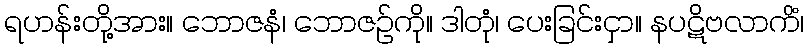
ရဟန်းတို့အား။ ဘောဇနံ၊ ဘောဇဉ်ကို။ ဒါတုံ၊ ပေးခြင်းငှာ။ နပဋိဗလာကိံ၊